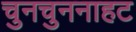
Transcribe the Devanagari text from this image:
चुनचुननाहट